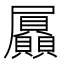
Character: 屭